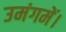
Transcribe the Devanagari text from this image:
उमंगमें।